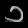
Digit: ၁